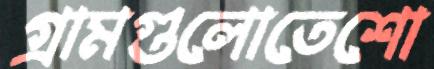
গ্রামগুলোতেশো